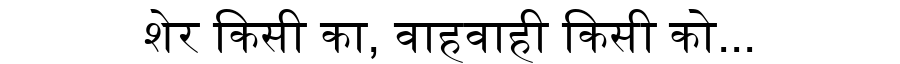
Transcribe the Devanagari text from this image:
शेर किसी का, वाहवाही किसी को...